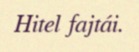
Hitel fajtái.